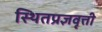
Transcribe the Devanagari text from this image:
स्थितप्रज्ञवृत्ती